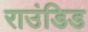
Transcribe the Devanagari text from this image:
राउंडिड